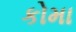
કોમા